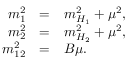
\begin{array} { r c l } { { m _ { 1 } ^ { 2 } } } & { { = } } & { { m _ { H _ { 1 } } ^ { 2 } + \mu ^ { 2 } , } } \\ { { m _ { 2 } ^ { 2 } } } & { { = } } & { { m _ { H _ { 2 } } ^ { 2 } + \mu ^ { 2 } , } } \\ { { m _ { 1 2 } ^ { 2 } } } & { { = } } & { { B \mu . } } \end{array}